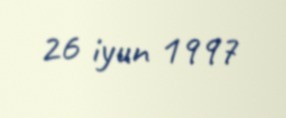
26 iyun 1997